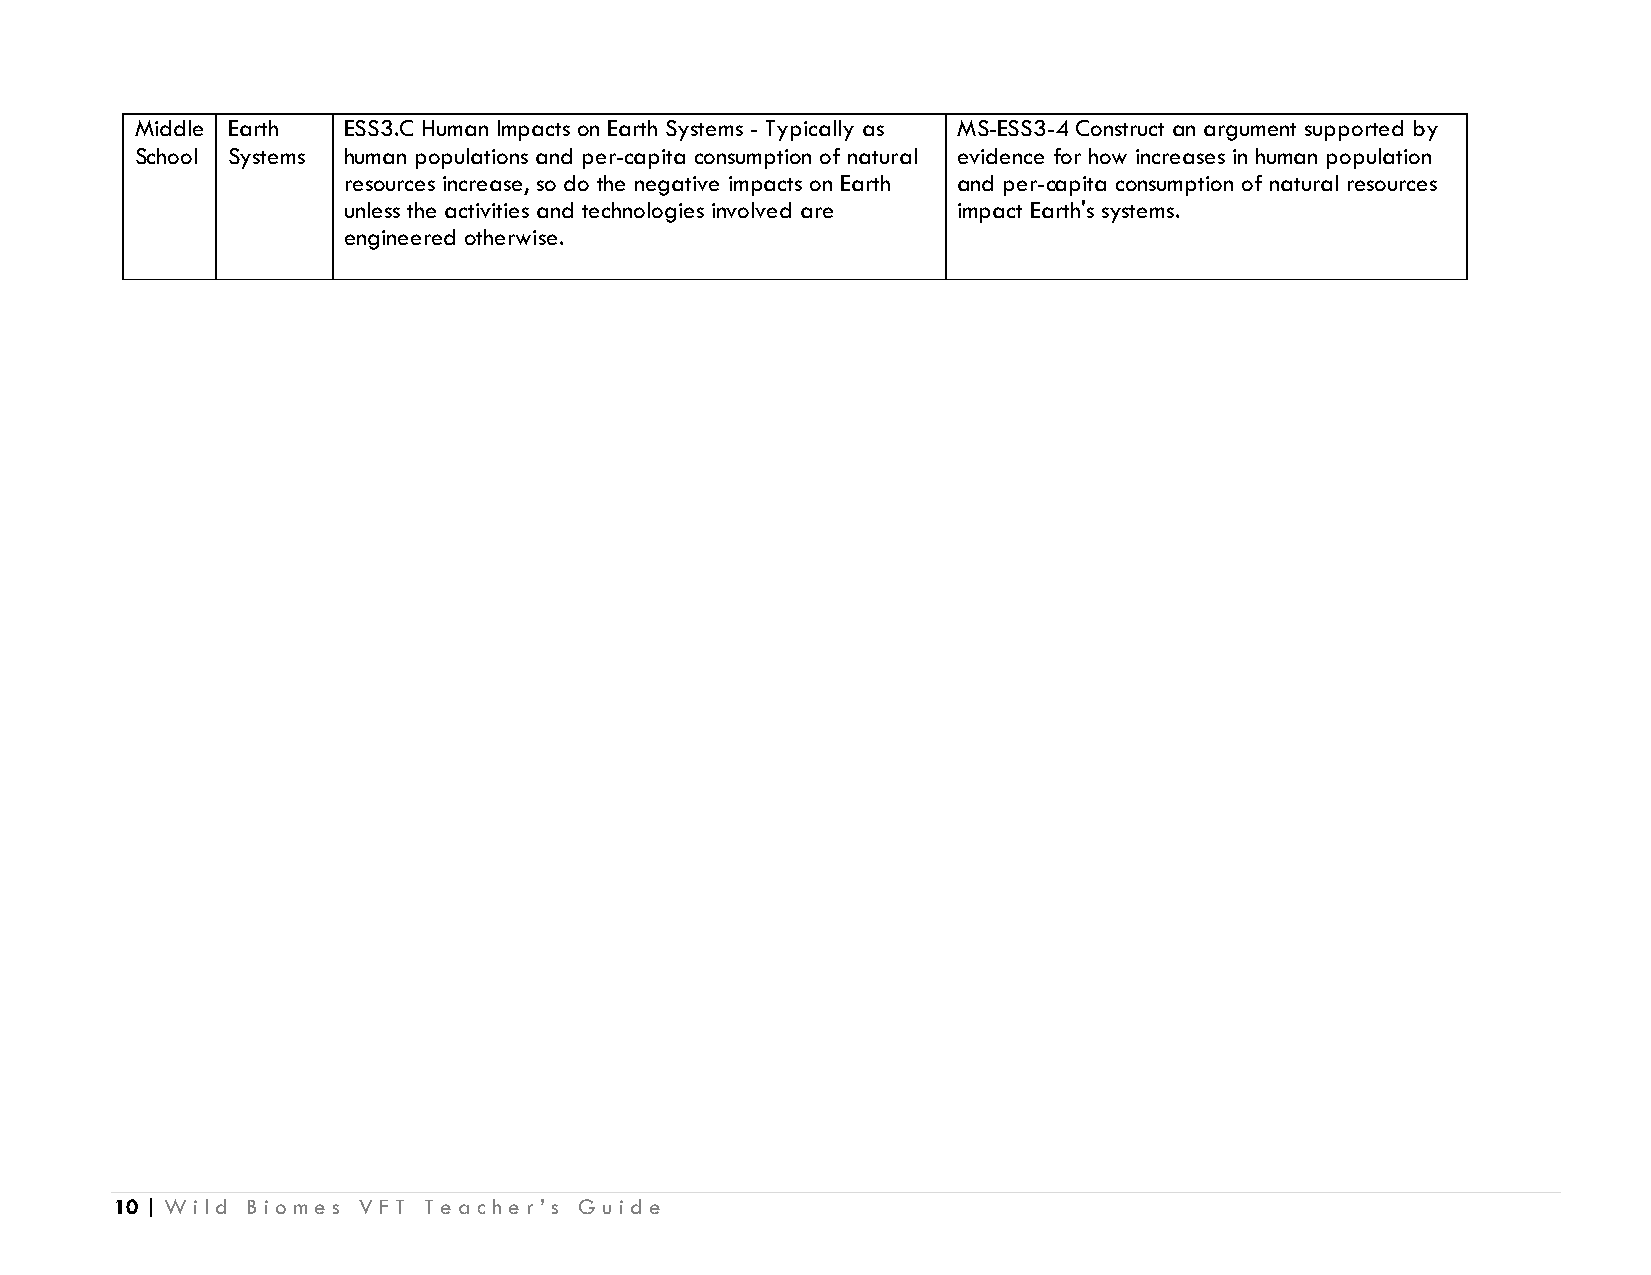
Middle Earth  ESS3.C Human Impacts on Earth Systems - Typically as MS-ESS3-4 Construct an argument supported by
 School Systems human populations and per-capita consumption of natural evidence for how increases in human population
 resources increase, so do the negative impacts on Earth and per-capita consumption of natural resources
 unless the activities and technologies involved are impact Earth's systems.
 engineered otherwise.
 10 | Wild Biomes VFT Teacher’s Guide